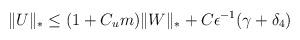
LaTeX: \begin{align*}\Vert U \Vert_* \le (1+C_{u}m)\Vert W \Vert_* + C\epsilon^{-1}(\gamma+ \delta_4)\end{align*}